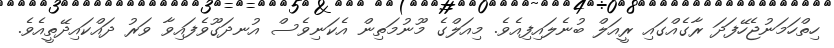
ހިތްހަމަނުޖެހޭފަދަ ރާގެއްގައި ރީއަލް ބުނެލައިފިއެވެ. މިއަލްގެ މޫނުމަތިން އެކަނިވެސް އުނދަގޫވެފައިވާ ވަރު ދައްކައިދޭތީއެވެ.